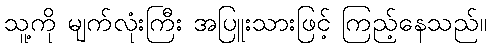
သူ့ကို မျက်လုံးကြီး အပြူးသားဖြင့် ကြည့်နေသည်။